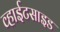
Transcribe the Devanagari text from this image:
व्हाईटसाइड